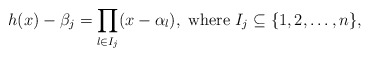
\begin{align*}h(x)-\beta_j=\prod_{l\in I_j}(x-\alpha_l),\ \textnormal{where}\ I_j\subseteq \{1, 2, \ldots, n\},\end{align*}